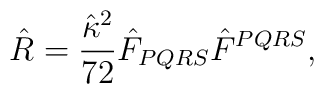
{\hat{R}=\frac{\hat{\kappa}^2}{72}\hat{F}_{PQRS}\hat{F}^{PQRS},}